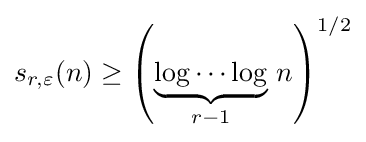
s_{r,\varepsilon }(n)\geq \left(\underbrace {\log \cdots \log } _{r-1}\,n\right)^{1/2}